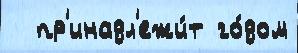
  пр'инадл'ежи́т го́дом